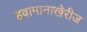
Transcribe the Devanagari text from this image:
हवामानाखेरीज